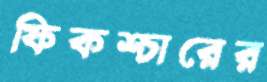
ফিকশ্চারের